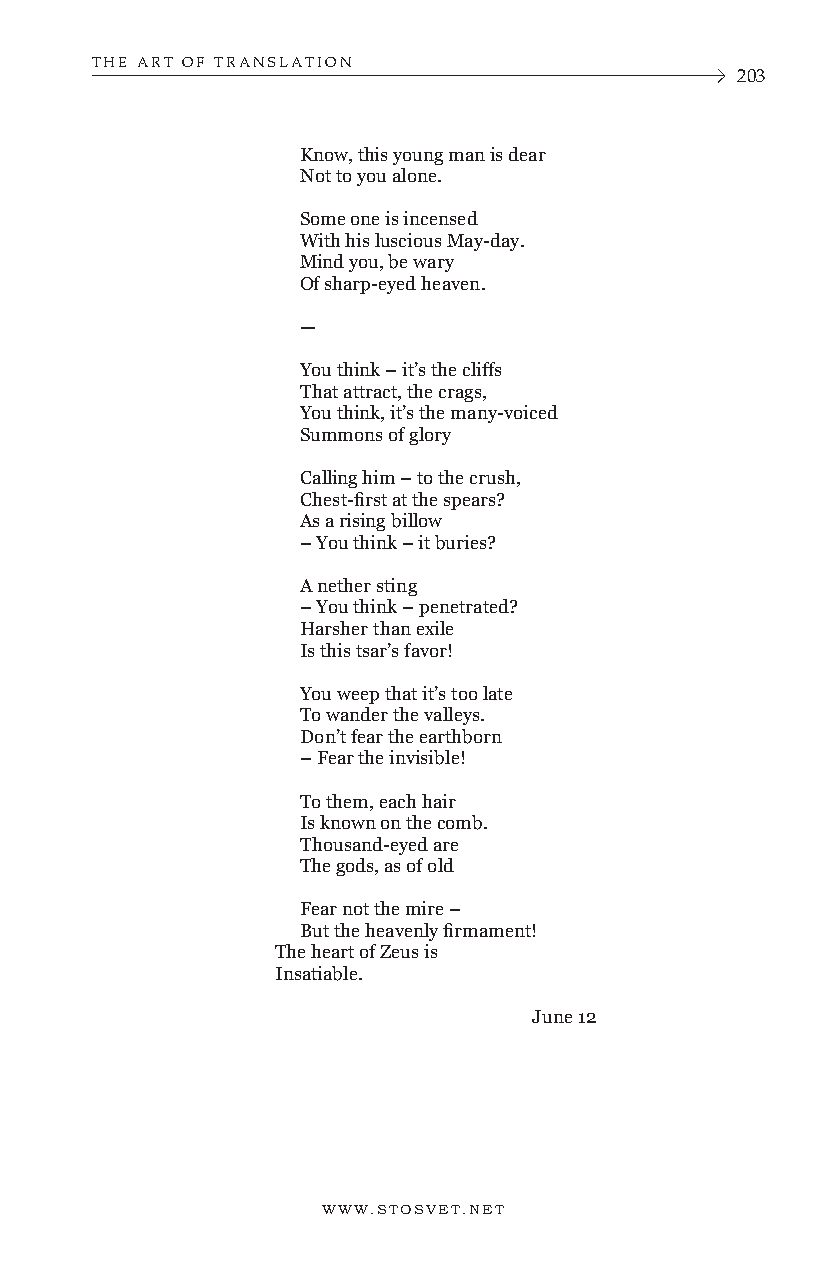
THE ART OF TRANSLATION
 203
 Know, this young man is dear
 Not to you alone.
 Some one is incensed
 With his luscious May-day.
 Mind you, be wary
 Of sharp-eyed heaven.
 —
 You think – it’s the cliffs
 That attract, the crags,
 You think, it’s the many-voiced
 Summons of glory
 Calling him – to the crush,
 Chest-first at the spears?
 As a rising billow
 – You think – it buries?
 A nether sting
 – You think – penetrated?
 Harsher than exile
 Is this tsar’s favor!
 You weep that it’s too late
 To wander the valleys.
 Don’t fear the earthborn
 – Fear the invisible!
 To them, each hair
 Is known on the comb.
 Thousand-eyed are
 The gods, as of old
 Fear not the mire –
 But the heavenly firmament!
 The heart of Zeus is
 Insatiable.
 June 12
 WWW.STOSVET.NET      WWW.STOSVET.NET